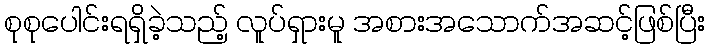
စုစုပေါင်းရရှိခဲ့သည့် လူပ်ရှားမူ အစားအသောက်အဆင့်ဖြစ်ပြီး